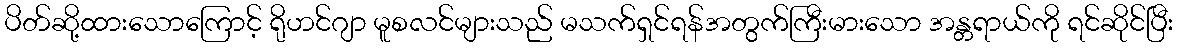
ပိတ်ဆို့ထားသောကြောင့် ရိုဟင်ဂျာ မူစလင်များသည် မသက်ရှင်ရန်အတွက်ကြီးမားသော အန္တရာယ်ကို ရင်ဆိုင်ပြီး